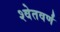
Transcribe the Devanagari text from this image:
श्वेतवर्णं